Lunatic asylums Madras 1892-1911 - 1892-1911
Year: 1892
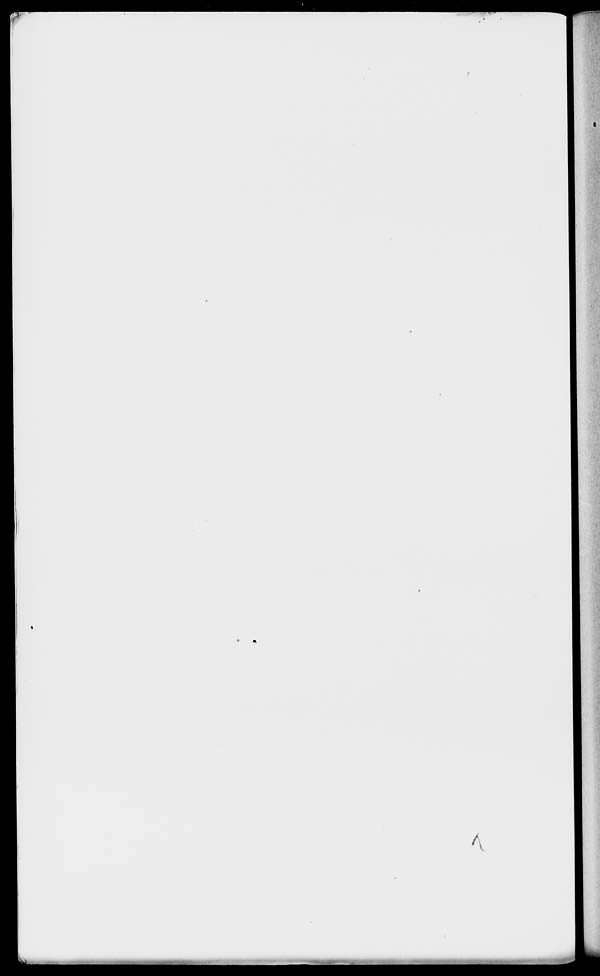
/